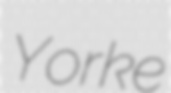
Yorke